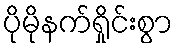
ပိုမိုနက်ရှိုင်းစွာ